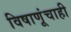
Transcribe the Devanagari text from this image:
विषाणूंचाही